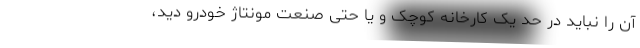
آن را نباید در حد یک کارخانه کوچک و یا حتی صنعت مونتاژ خودرو دید،